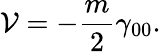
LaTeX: \mathcal{V}=-\frac{{m}}{2}\gamma_{00}.